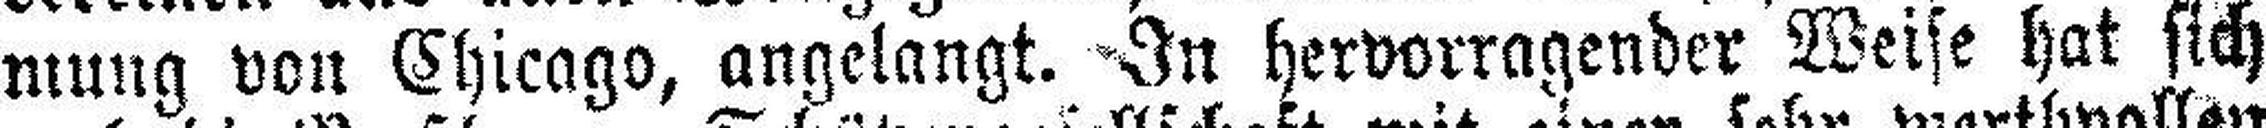
mung von Chicago, angelangt. In hervorragender Weise hat sich